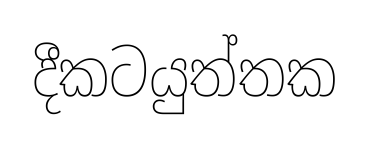
දීකටයුත්තක